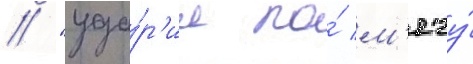
/ "уда́р'ил по́ м'ячу́